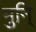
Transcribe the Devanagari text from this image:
मुनि्